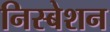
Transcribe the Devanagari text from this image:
निस्बेशन